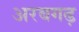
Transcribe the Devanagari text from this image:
अरबगढ़